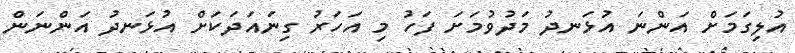
އުލިގަމަށް އަންނަ އުޅަނދު މަދުވުމަށަ ފަހު މި އަހަރު ގިނައަދަކަށް އުޅަނދު އަންނަން